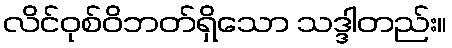
လိင်ဝုစ်ဝိဘတ်ရှိသော သဒ္ဒါတည်း။